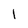
Character: I